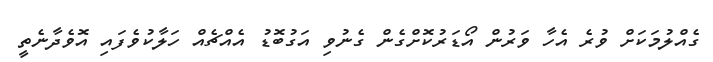
ގެއްލުމަކަށް ވުރެ އެހާ ވަރުން އޯޑަރުކޮށްގެން ގެނުވި އަގުބޮޑު އެއްޗެއް ހަލާކުވެފައި އޮވެދާނެތީ